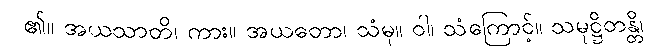
၏။ အယသာတိ၊ ကား။ အယတော၊ သံမှ။ ဝါ၊ သံကြောင့်။ သမုဋ္ဌိတန္တိ၊